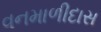
વનમાળીદાસ